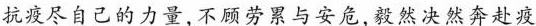
抗疫尽自己的力量，不顾劳累与安危，毅然决然奔赴疫